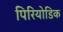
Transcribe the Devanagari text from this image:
पिरियोडिक